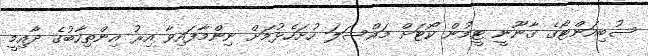
ސުބިއަންޓޯގެ ގާނޫނީ ޓީމުން ކޯޓަށް މައްސަލަ ހުށަހެޅުމަށް ނިންމާފައިވާ އިރު އިންތިހާބުގެ ދާއިމީ